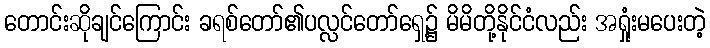
တောင်းဆိုချင်ကြောင်း ခရစ်တော်၏ပလ္လင်တော်ရှေ့၌ မိမိတို့နိုင်ငံလည်း အရှုံးမပေးတဲ့